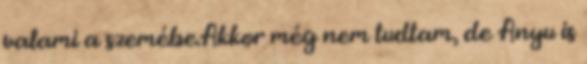
valami a szemébe.Akkor még nem tudtam, de Anyu is